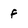
Character: f